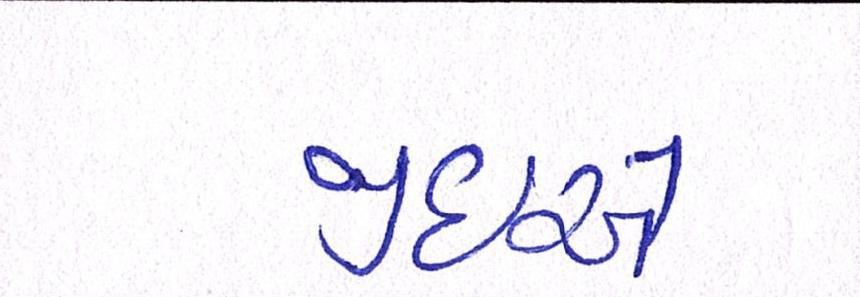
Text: જીઇએ